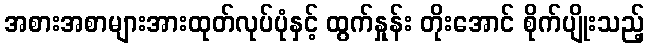
အစားအစာများအားထုတ်လုပ်ပုံနှင့် ထွက်နှုန်း တိုးအောင် စိုက်ပျိုးသည့်